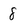
Character: 8